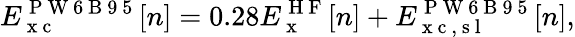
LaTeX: E_{\mathrm{~x~c~}}^{\mathrm{~P~W~6~B~9~5~}}[n]=0.28E_{\mathrm{~x~}}^{\mathrm{~H~F~}}[n]+E_{\mathrm{~x~c~,~s~l~}}^{\mathrm{~P~W~6~B~9~5~}}[n],